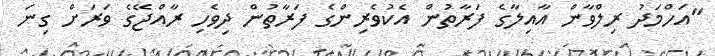
"އަހްމަދު ރިލްވާން އާއިލާގެ ފަރާތުން އެކުވެރިންގެ ފަރާތުން ދިވެހި ރާއްޖޭގެ ވަަރަށް ގިނަ